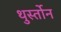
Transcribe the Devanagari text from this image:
थुर्स्तोन